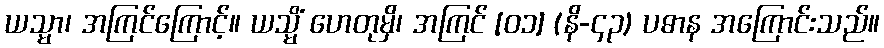
ယသ္မာ၊ အကြင်ကြောင့်။ ယသ္မိံ ဟေတုမှိ၊ အကြင် [၀၁] (နိ-၄၃) ပဓာန အကြောင်းသည်။